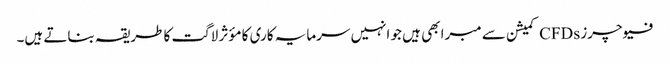
فیوچرز CFDs کمیشن سے مبرا بھی ہیں جو انہیں سرمایہ کاری کا مؤثر لاگت کا طریقہ بناتے ہیں۔